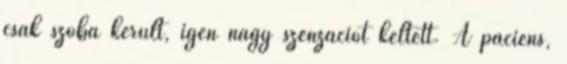
csak szóba került, igen nagy szenzációt keltett. A páciens,